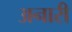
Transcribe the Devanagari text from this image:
अनारी